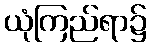
ယုံကြည်ရာ၌